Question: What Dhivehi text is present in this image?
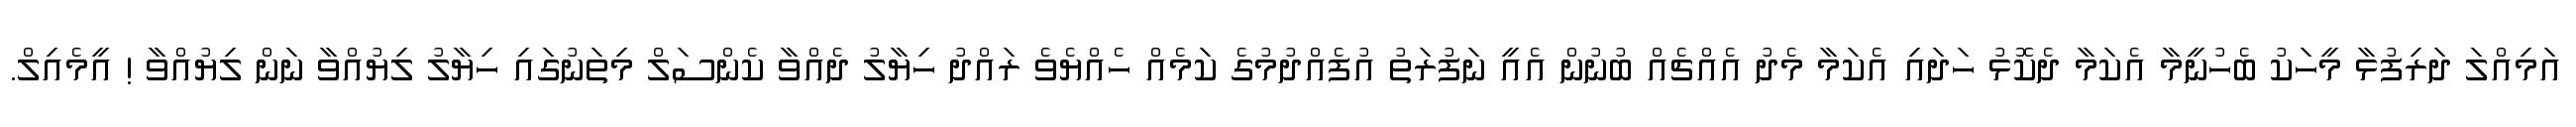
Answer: އަމިއްލަ ދަރިފުޅާ މީހަކު ބެހުނީމާ އެކަމާ ދެކޮޅު ހަދައި އެކަމާ މެދު އެއްޗެއް ބުނުން އެއީ ނަފުރަތު އުފެއްދުމުގެ ކަމެއް ހެއްޔެވެ ރައްދު ހިޔާލު ދެއްވާ ކެންސަލް މިތަނުގައި ހިޔާލު ލިޔުއްވާ ނަން ލިޔުއްވާ ! އީމެއިލް.